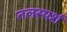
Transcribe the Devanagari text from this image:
तलस्पर्श